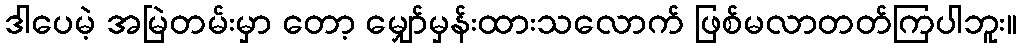
ဒါပေမဲ့ အမြဲတမ်းမှာ တော့ မျှော်မှန်းထားသလောက် ဖြစ်မလာတတ်ကြပါဘူး။